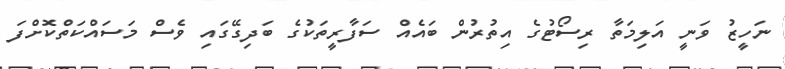
ނަހީޒު ވަނީ އަލިމަތާ ރިސޯޓުގެ އިތުރުން ބައެއް ސަފާރީތަކުގެ ބަދިގޭގައި ވެސް މަސައްކަތްކޮށްފަ